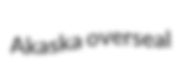
Akaska overseal